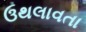
ઉથલાવતા